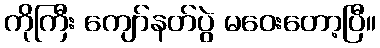
ကိုကြီး ကျော်နတ်ပွဲ မဝေးတော့ပြီ။